Leaving Certificate Examination (including Day School Certificate (Higher) General paper), 1932
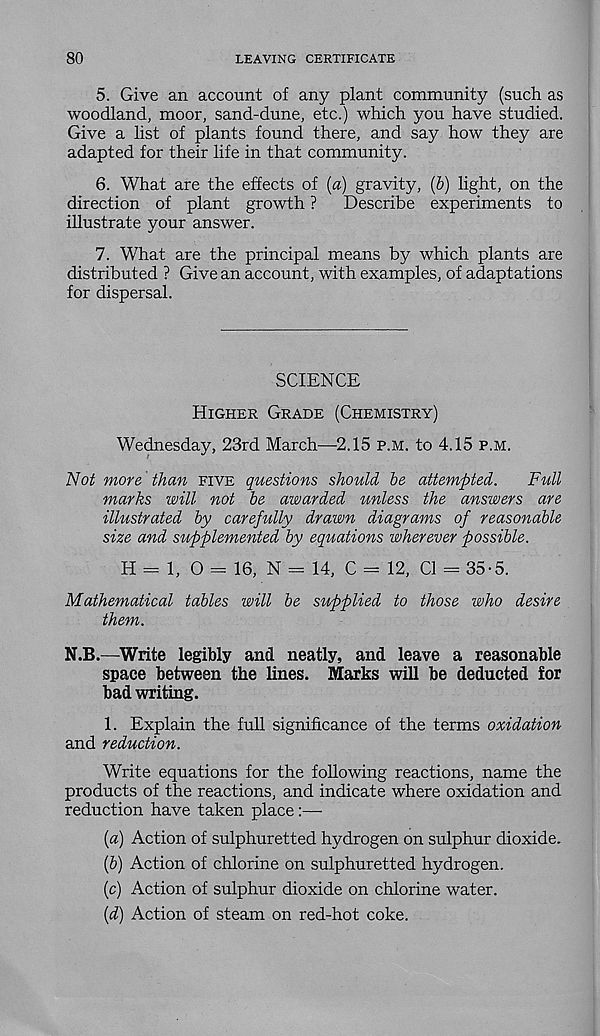
80
LEAVING CERTIFICATE
5. Give an account of any plant community (such as
woodland, moor, sand-dune, etc.) which you have studied.
Give a list of plants found there, and say how they are
adapted for their life in that community.
6. What are the effects of [a) gravity, (&) light, on the
direction of plant growth ?
Describe experiments to
illustrate your answer.
7. What are the principal means by which plants are
distributed ? Give an account, with examples, of adaptations
for dispersal.
SCIENCE
Higher Grade (Chemistry)
Wednesday, 23rd March—-2.15 p.m. to 4.15 p.m.
Not more than five questions should be attempted.
Full
marks will not be awarded unless the answers are
illustrated by carefully drawn diagrams of reasonable
size and supplemented by equations wherever possible.
H = 1, O = 16, N = 14, C = 12, Cl - 35-5.
Mathematical tables will be supplied to those who desire
them.
N.B.—Write legibly and neatly, and leave a reasonable
space between the lines. Marks will be deducted for
bad writing.
1. Explain the full significance of the terms oxidation
and reduction.
Write equations for the following reactions, name the
products of the reactions, and indicate where oxidation and
reduction have taken place:—-
{a) Action of sulphuretted hydrogen on sulphur dioxide.
(6) Action of chlorine on sulphuretted hydrogen.
(c) Action of sulphur dioxide on chlorine water.
{d) Action of steam on red-hot coke.